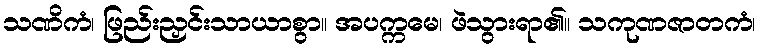
သဏိကံ၊ ဖြည်းညှင်းသာယာစွာ။ အပက္ကမေ၊ ဖဲသွားရာ၏။ သကုဏဇာတကံ၊